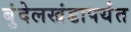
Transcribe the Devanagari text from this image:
बुंदेलखंडापर्यंत